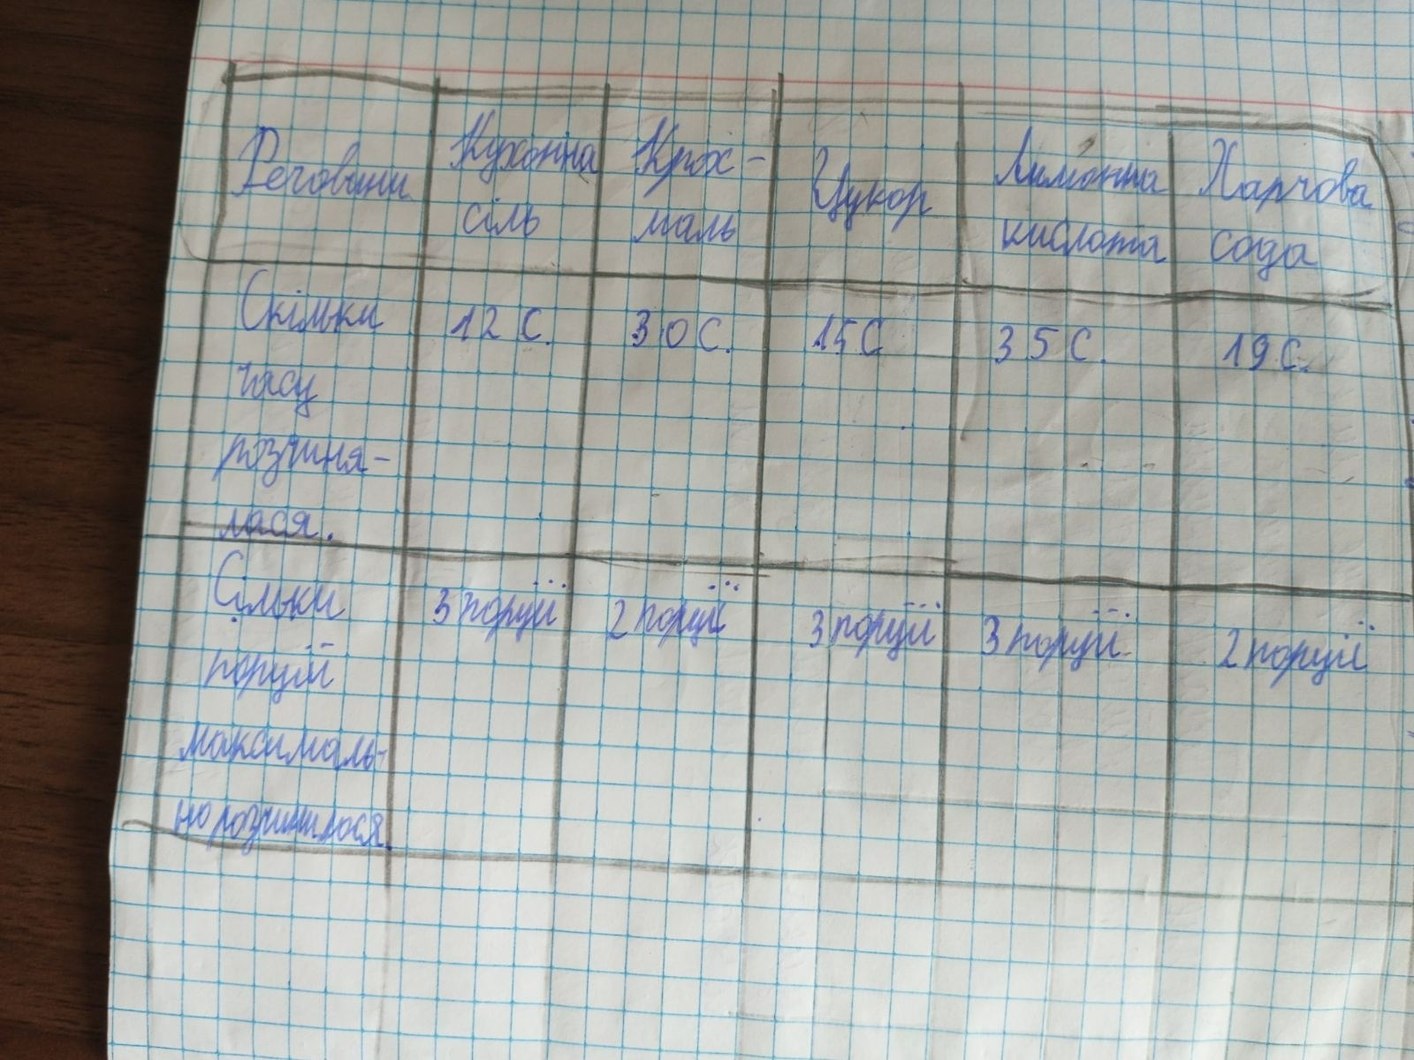
Речовини | Кухонна сіль | Крох-маль | Цукор | Лимонна кислота | Харчова сода
Скільки часу розчинялася. | 12 с. | 30 с. | 15 с | 35 с. | 19 с.
Скільки порцій максимально розчинилося. | 3 порції | 2 порції | 3 порції | 3 порції | 2 порції